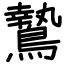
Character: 鷙